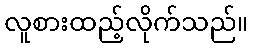
လူစားထည့်လိုက်သည်။